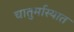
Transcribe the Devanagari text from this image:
चातुर्मास्यात